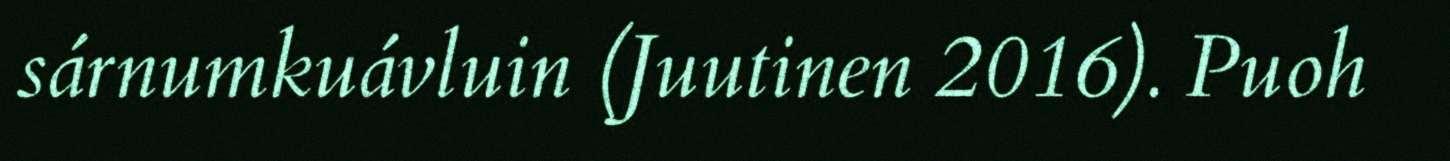
sárnumkuávluin (Juutinen 2016). Puoh